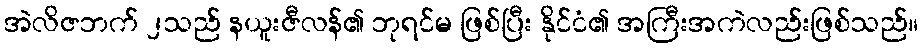
အဲလိဇဘက် ၂သည် နယူးဇီလန်၏ ဘုရင်မ ဖြစ်ပြီး နိုင်ငံ၏ အကြီးအကဲလည်းဖြစ်သည်။